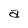
Character: a